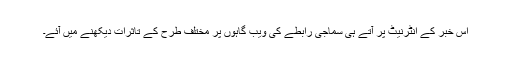
اس خبر کے انٹرنیٹ پر آتے ہی سماجی رابطے کی ویب گاہوں پر مختلف طرح کے تاثرات دیکھنے میں آئے۔